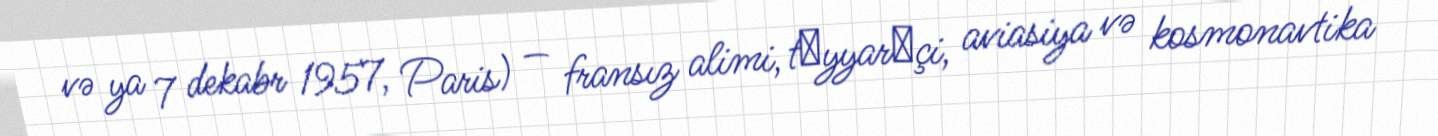
və ya 7 dekabr 1957, Paris) — fransız alimi, tәyyarәçi, aviasiya və kosmonavtika